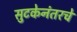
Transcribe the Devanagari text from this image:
सुटकेनंतरचे